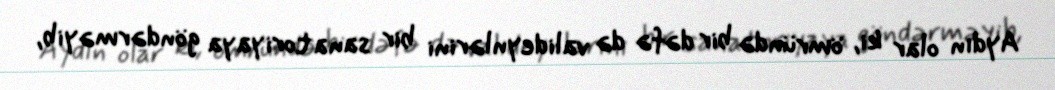
Aydın olar ki, ömründə bir dəfə də valideynlərini bir sanatoriyaya göndərməyib,